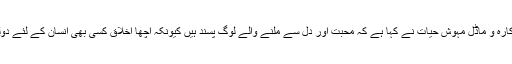
2015ء) معروف اداکارہ و ماڈل مہوش حیات نے کہا ہے کہ محبت اور دل سے ملنے والے لوگ پسند ہیں کیونکہ اچھا اخلاق کسی بھی انسان کے لئے دولت سے کم نہیں ہوتا ۔